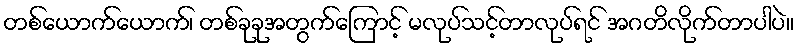
တစ်ယောက်ယောက်၊ တစ်ခုခုအတွက်ကြောင့် မလုပ်သင့်တာလုပ်ရင် အဂတိလိုက်တာပါပဲ။